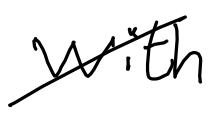
Text: With
Cross-out: diagonal
Writing tool: digital_black